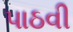
પાઠવી